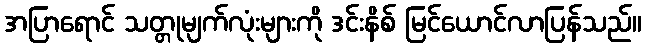
အပြာရောင် သတ္တုမျက်လုံးများကို ဒင်းနိစ် မြင်ယောင်လာပြန်သည်။